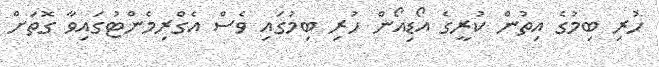
ހުރި ބިމުގެ އިތުން ކުރީގެ އޯޑިއޯން ހުރި ބިމުގައި ވެސް އެގްރިމެންޓުގައިވާ ގޮތަށް